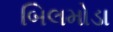
બિલમોડા